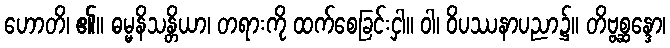
ဟောတိ၊ ၏။ ဓမ္မနိသန္တိယာ၊ တရားကို ထက်စေခြင်းငှါ။ ဝါ၊ ဝိပဿနာပညာ၌။ တိဗ္ဗစ္ဆန္ဒော၊